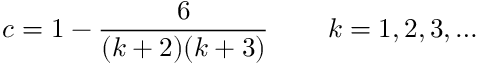
c = 1 - \frac { 6 } { ( k + 2 ) ( k + 3 ) } \, \qquad k = 1 , 2 , 3 , \ldots